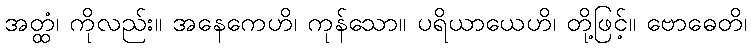
အတ္ထံ၊ ကိုလည်း။ အနေကေဟိ၊ ကုန်သော။ ပရိယာယေဟိ၊ တို့ဖြင့်။ ဗောဓေတိ၊